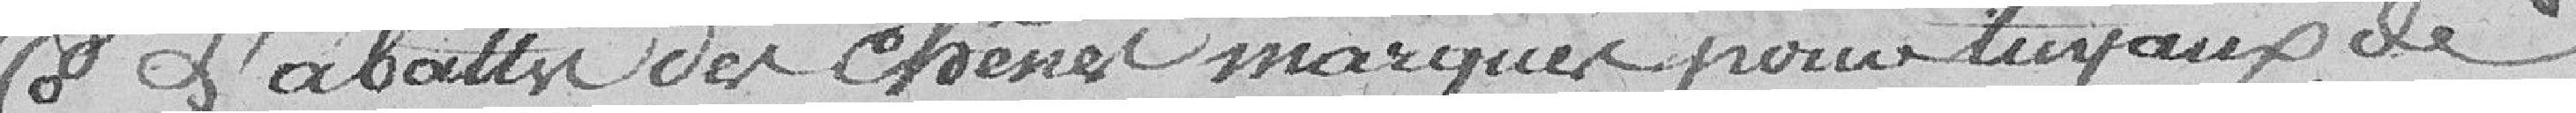
5° L'abattage ? du chêne marqué pour tuyaux de